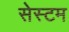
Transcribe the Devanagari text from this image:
सेस्टम